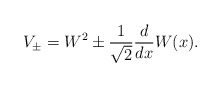
\begin{align*}V_{\pm}=W^2 \pm \frac{1}{\sqrt{2}} \frac{d}{dx} W(x).\end{align*}